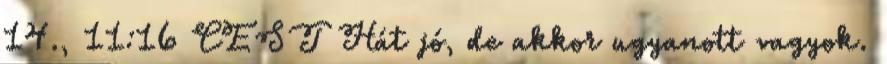
14., 11:16 CEST Hát jó, de akkor ugyanott vagyok.